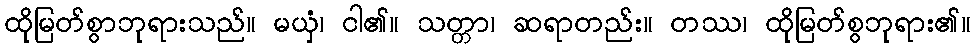
ထိုမြတ်စွာဘုရားသည်။ မယှံ၊ ငါ၏။ သတ္တာ၊ ဆရာတည်း။ တဿ၊ ထိုမြတ်စွဘုရား၏။